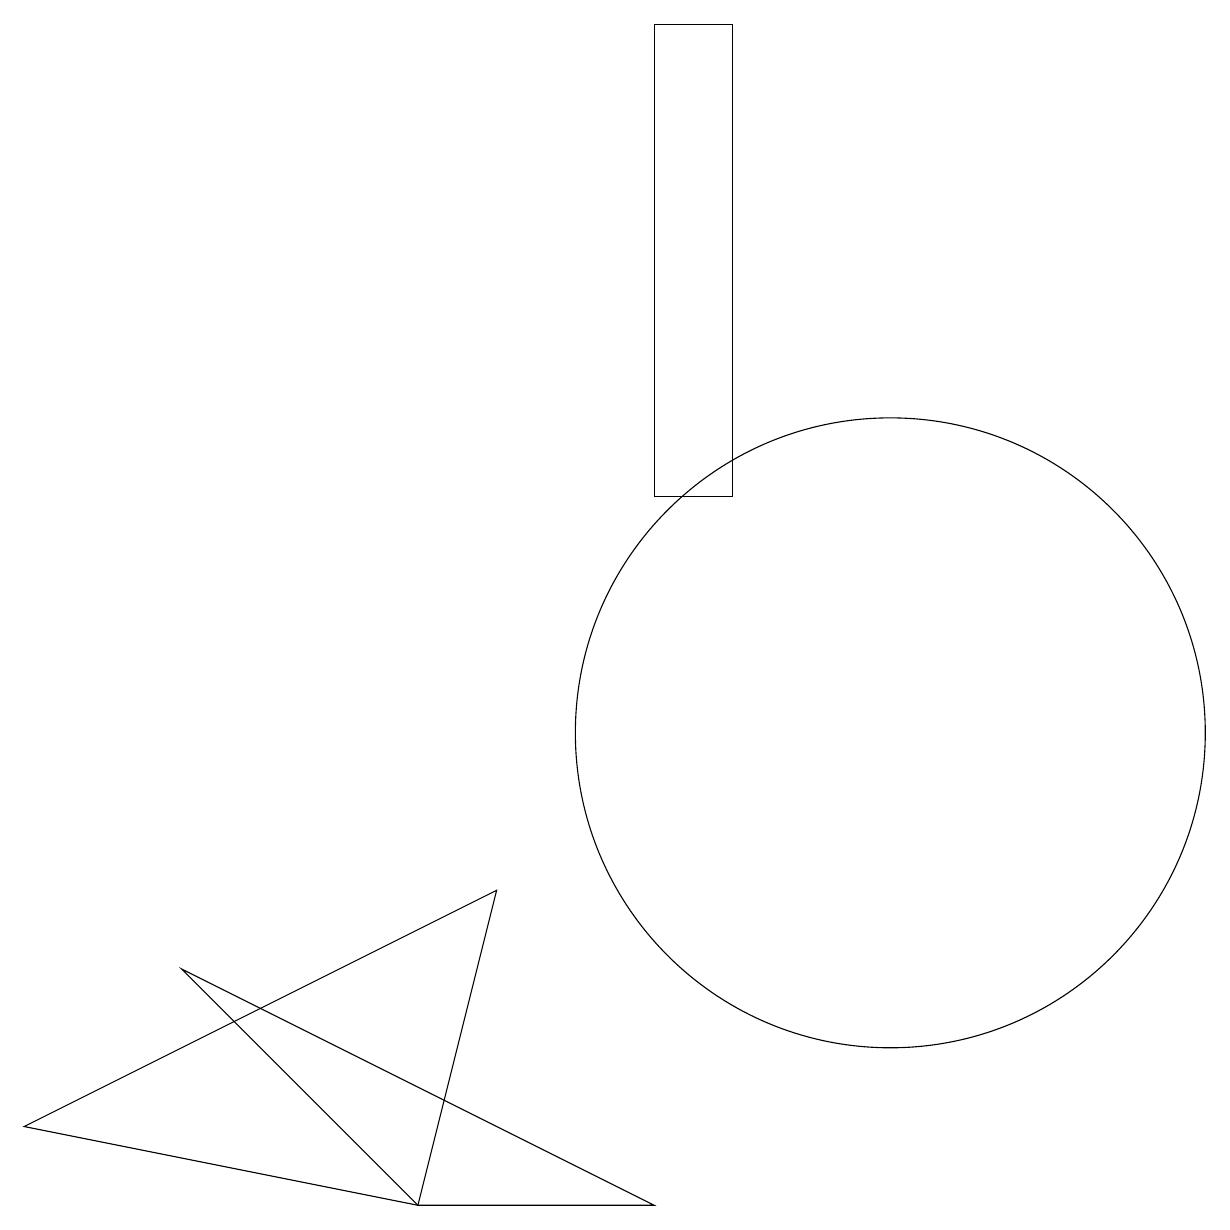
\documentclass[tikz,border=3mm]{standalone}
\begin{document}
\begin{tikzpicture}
\draw (2,7) -- (5,4) -- (8,4) -- cycle;
\draw (8,19) rectangle (9,13);
\draw (11,10) circle (4);
\draw (5,4) -- (0,5) -- (6,8) -- cycle;
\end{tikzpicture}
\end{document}